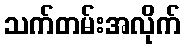
သက်တမ်းအလိုက်